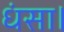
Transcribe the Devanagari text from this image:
धंसा।